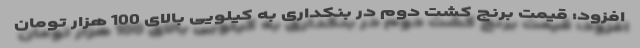
افزود: قیمت برنج کشت دوم در بنکداری به کیلویی بالای 100 هزار تومان